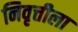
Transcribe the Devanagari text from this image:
निवृत्तीला